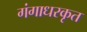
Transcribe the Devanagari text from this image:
गंगाधरकृत